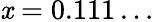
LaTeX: \mathit{x}=0.111\dots